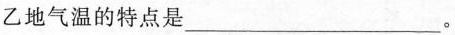
乙地气温的特点是___。